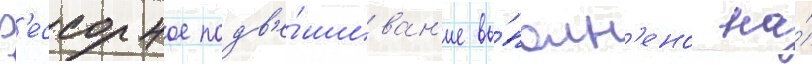
Р'ессорное подв'е́шиван'ие вы́полн'ено на́